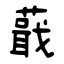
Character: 蕺